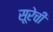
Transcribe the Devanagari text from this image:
सूरेची